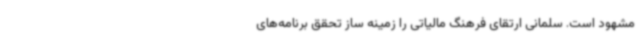
مشهود است. سلمانی ارتقای فرهنگ مالیاتی را زمینه ساز تحقق برنامه‌های